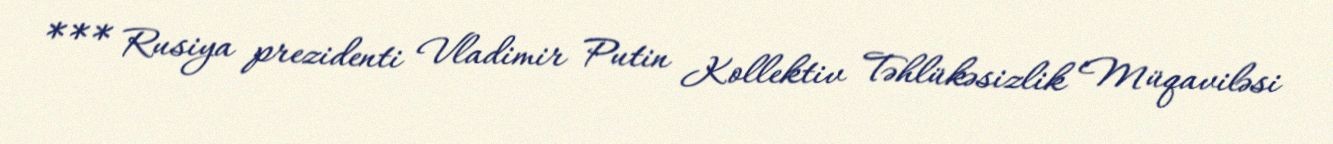
*** Rusiya prezidenti Vladimir Putin Kollektiv Təhlükəsizlik Müqaviləsi